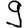
Digit: 9